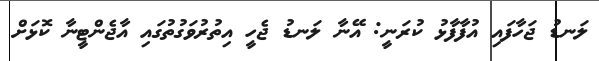
ލަނޑު ޖަހާފައި އުފާފާޅު ކުރަނީ: އޭނާ ލަނޑު ޖެހީ އިތުރުވަގުތުގައި އާޖެންޓީނާ ކޮޅަށް